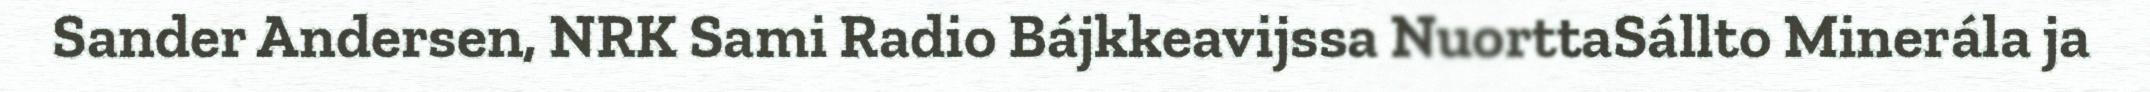
Sander Andersen, NRK Sami Radio Bájkkeavijssa NuorttaSállto Minerála ja